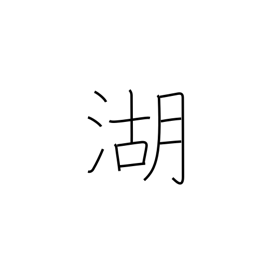
Meaning: lake